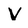
Character: v